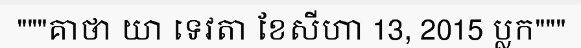
"""គាថា យា ទេវតា ខែសីហា 13, 2015 ប្លក"""